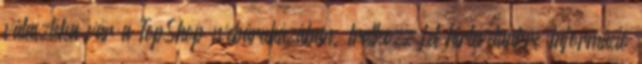
választéka vár a TopShop webáruházában. Iratkozz fel hírlevelünkre Információ